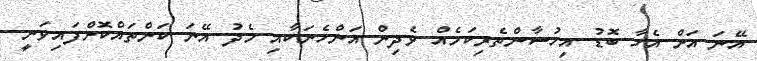
އޭނަ އަށް އެހާ ބޮޑު އިހުސާންތެރިކަމެއް ވެދިން އަންހެނަކާއި މެދު އޭނަ ކަންތައްކޮށްފައިވަނީ